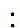
: